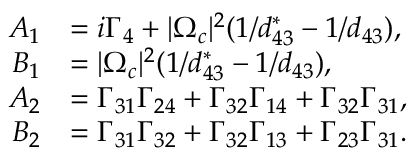
\begin{array} { r l } { A _ { 1 } } & { = i \Gamma _ { 4 } + | \Omega _ { c } | ^ { 2 } ( 1 / d _ { 4 3 } ^ { \ast } - 1 / d _ { 4 3 } ) , } \\ { B _ { 1 } } & { = | \Omega _ { c } | ^ { 2 } ( 1 / d _ { 4 3 } ^ { \ast } - 1 / d _ { 4 3 } ) , } \\ { A _ { 2 } } & { = \Gamma _ { 3 1 } \Gamma _ { 2 4 } + \Gamma _ { 3 2 } \Gamma _ { 1 4 } + \Gamma _ { 3 2 } \Gamma _ { 3 1 } , } \\ { B _ { 2 } } & { = \Gamma _ { 3 1 } \Gamma _ { 3 2 } + \Gamma _ { 3 2 } \Gamma _ { 1 3 } + \Gamma _ { 2 3 } \Gamma _ { 3 1 } . } \end{array}